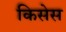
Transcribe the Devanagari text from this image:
किसेस